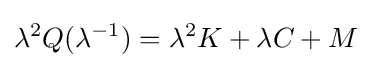
\lambda ^{2}Q(\lambda ^{-1})=\lambda ^{2}K+\lambda C+M